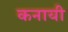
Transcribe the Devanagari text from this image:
कनायी